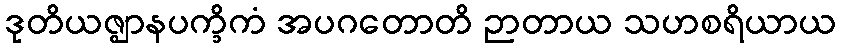
ဒုတိယဇ္ဈာနပက္ခိကံ အပဂတောတိ ဉာတာယ သဟစရိယာယ